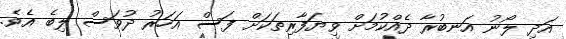
އަދި ލޯނު އަނބުރާ ދެއްކުމަށް ވިޔަފާރިތަކަށް ފަސް އަހަރު ދުވަސް ލިބެ އެވެ.